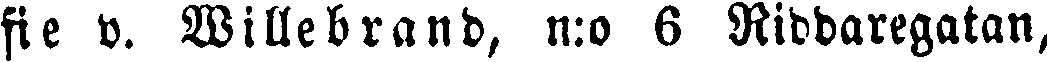
fie v. Willebrand, n:o 6 Riddaregatan,